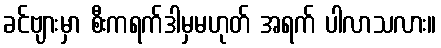
ခင်ဗျားမှာ စီးကရက်ဒါမှမဟုတ် အရက် ပါလာသလား။